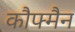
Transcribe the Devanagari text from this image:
कौफ्मैन